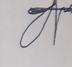
Signature authenticity: forged